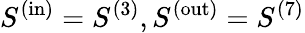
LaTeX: S^{(\mathrm{in})}=S^{(\mathrm{3})},S^{(\mathrm{out})}=S^{(\mathrm{7})}